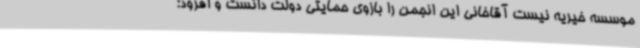
موسسه خیریه نیست آقاخانی این انجمن را بازوی حمایتی دولت دانست و افزود: